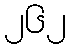
၂၆၂